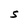
Character: S